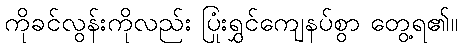
ကိုခင်လွန်းကိုလည်း ပြုံးရွှင်ကျေနပ်စွာ တွေ့ရ၏။